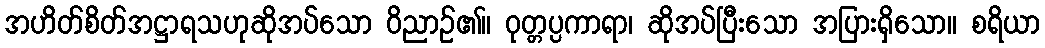
အဟိတ်စိတ်အဋ္ဌာရသဟုဆိုအပ်သော ဝိညာဉ်၏။ ဝုတ္တပ္ပကာရာ၊ ဆိုအပ်ပြီးသော အပြားရှိသော။ စရိယာ